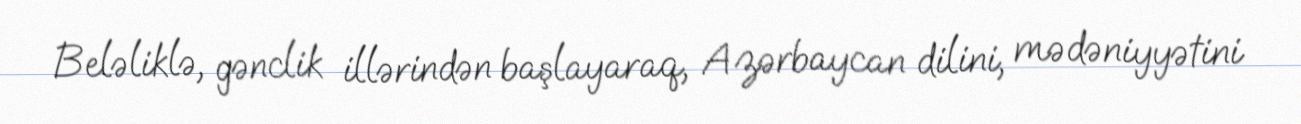
Beləliklə, gənclik illərindən başlayaraq, Azərbaycan dilini, mədəniyyətini